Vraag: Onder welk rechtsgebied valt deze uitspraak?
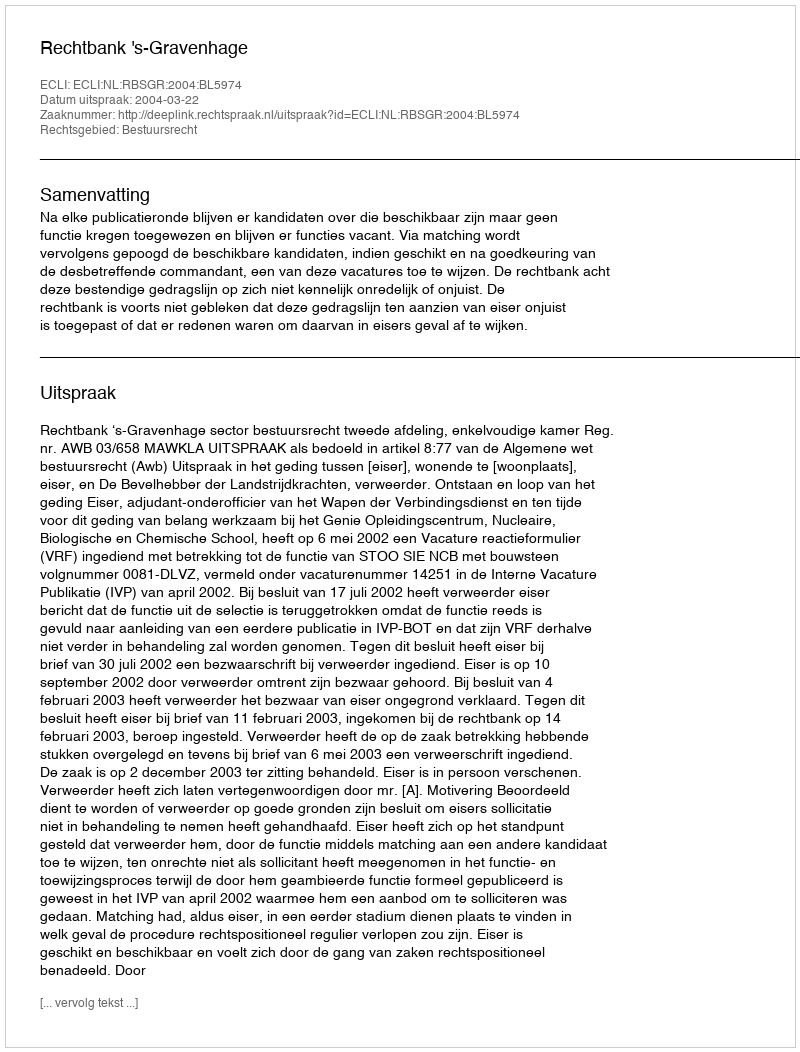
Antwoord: Bestuursrecht